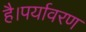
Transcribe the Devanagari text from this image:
है।पर्यावरण